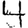
Digit: 4